Report on malaria in the Punjab during the year ...  together with an account of the work of the Punjab Malaria Bureau - Volume 4
Disease focus: Malaria
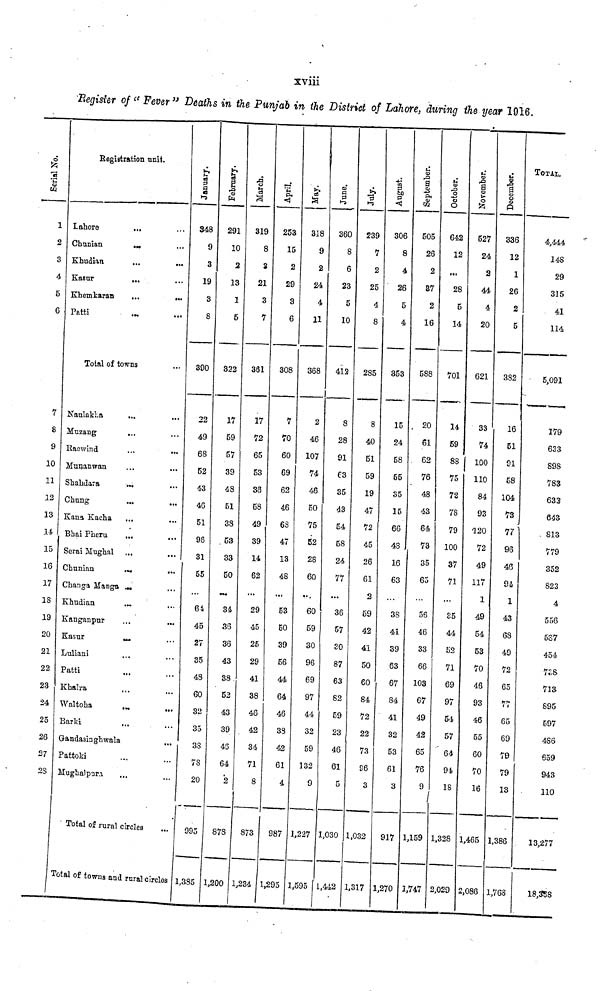
xviií
Register of "Fever" Deaths in the Punjab in the District of Lahore, during the year 1016.
Serial No.
1
2
3
4
5
6
7
S
9
10
11
12
13
14
15
16
17
18
19
20
21
22
23
24
25
26
27
2S
Registration unit.
Lahore
...
Chunian
...
Khudian
Kasur
...
Khemkaran
...
...
Patti
Tolal of towns
Naulakha
Muzang
Raewind
...
...
Munanwan
Shahdara
...
Chung
...
...
Kana Kacha
...
Bhai Pheru
...
Serai Mughal
Chunian
...
Changa Manga
Khudian
...
Kanganpur
Kasur
...
Luliani
Patti
Khalra
Waltoha
Barki
Gandasinghwala
...
Pattoki
Mughalpura
...
Total of rural circles
Total of towns and rural circles
January.
348
9
3
19
3
8
390
22
49
68
52
43
40
51
9S
31
55
64
45
27
35
43
60
32
35
33
78
20
995
1,385
February.
291
10
2
13
1
5
322
17
69
57
39
48
51
38
53
33
50
34
36
36
43
38
52
43
39
43
64
2
878
1,200
March.
319
8
S
21
3
7
381
17
72
65
53
36
58
49
39
14
62
29
45
25
29
41
38
48
42
34
71
8
873
1,234
April.
253
15
2
29
3
6
308
7
70
60
69
62
46
68
47
13
48
53
50
39
56
44
64
46
38
42
61
4
987
1,295
May.
318
9
2
24
4
11
368
i
2
46
107
74
46
50
75
52
28
60
60
59
30
96
69
97
44
32
59
132
9
1,227
1,595
June.
360
8
6
23
5
10
412
8
28
91
C3
35
43
54
58
24
77
36
57
20
87
63
82
59
23
46
61
5
1,030
1,442
July.
239
7
2
25
4
8
285
8
40
51
59
19
47
72
45
26
61
2
59
42
41
50
60
84
72
22
73
96
3
1,032
1,317
August.
306
8
4
26
5
4
353
15
24
58
55
35
15
66
48
16
63
38
41
39
63
67
84
41
32
53
61
3
917
1,270
September.
505
26
2
87
2
16
588
, 20
61
62
76
48
43
64
73
35
65
56
46
33
66
103
67
49
42
65
76
c
1,159
1,747
October.
642
12
...
28
5
14
701
14
59
88
75
72
78
79
100
37
71
35
44
52
71
69
97
54
57
64
94
18
1,328
2,029
November.
527
24
2
44
4
20
621
33
74
100
110
84
93
120
72
49
117
1
49
54
53
70
46
93
46
55
60
70
16
1,465
2,086
December.
336
12
1
26
2
5
382
16
51
91
58
104
73
77
96
46
94
x
43
68
49
72
65
77
65
69
79
79
13
1,386
1,768
TOTAL.
4,444
148
29
315
41
114
5,091
179
633
898
783
632
643
813
779
352
823
A
...556
587
454
788
713
895
597
486
659
943
110
13,.277
18,388